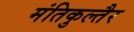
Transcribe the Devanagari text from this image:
मंतिकुल्तैर